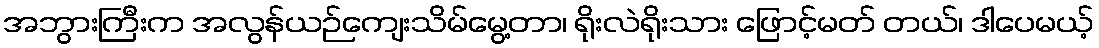
အဘွားကြီးက အလွန်ယဉ်ကျေးသိမ်မွေ့တာ၊ ရိုးလဲရိုးသား ဖြောင့်မတ် တယ်၊ ဒါပေမယ့်